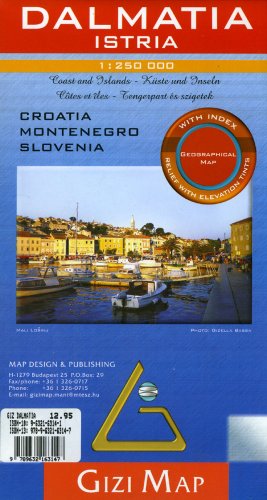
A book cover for Dalmatia/Istra Geographical Gizi Map (Croatia, Montenegro, Slovenia Coast) (English, French, Italian, German and Russian Edition); Gizi Map; Travel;